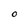
Character: O